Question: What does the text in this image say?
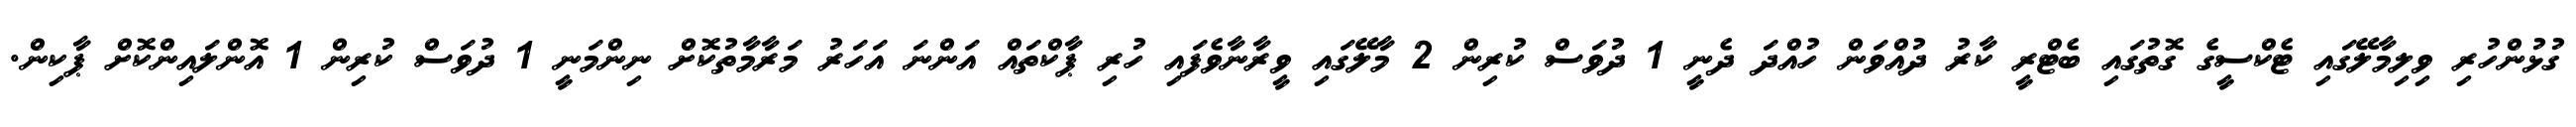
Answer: ގުޅުންހުރި ވިލިމާލޭގައި ޓެކްސީގެ ގޮތުގައި ބެޓްރީ ކާރު ދުއްވަން ހުއްދަ ދެނީ 1 ދުވަސް ކުރިން 2 މާލޭގައި ވީރާނާވެފައި ހުރި ޕާކްތައް އަންނަ އަހަރު މަރާމާތުކޮށް ނިންމަނީ 1 ދުވަސް ކުރިން 1 އޮންލައިންކޮށް ޕާކިން.